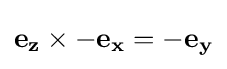
\mathbf {e_{z}} \times -\mathbf {e_{x}} =-\mathbf {e_{y}}